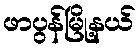
ဖာပွန်မြို့နယ်